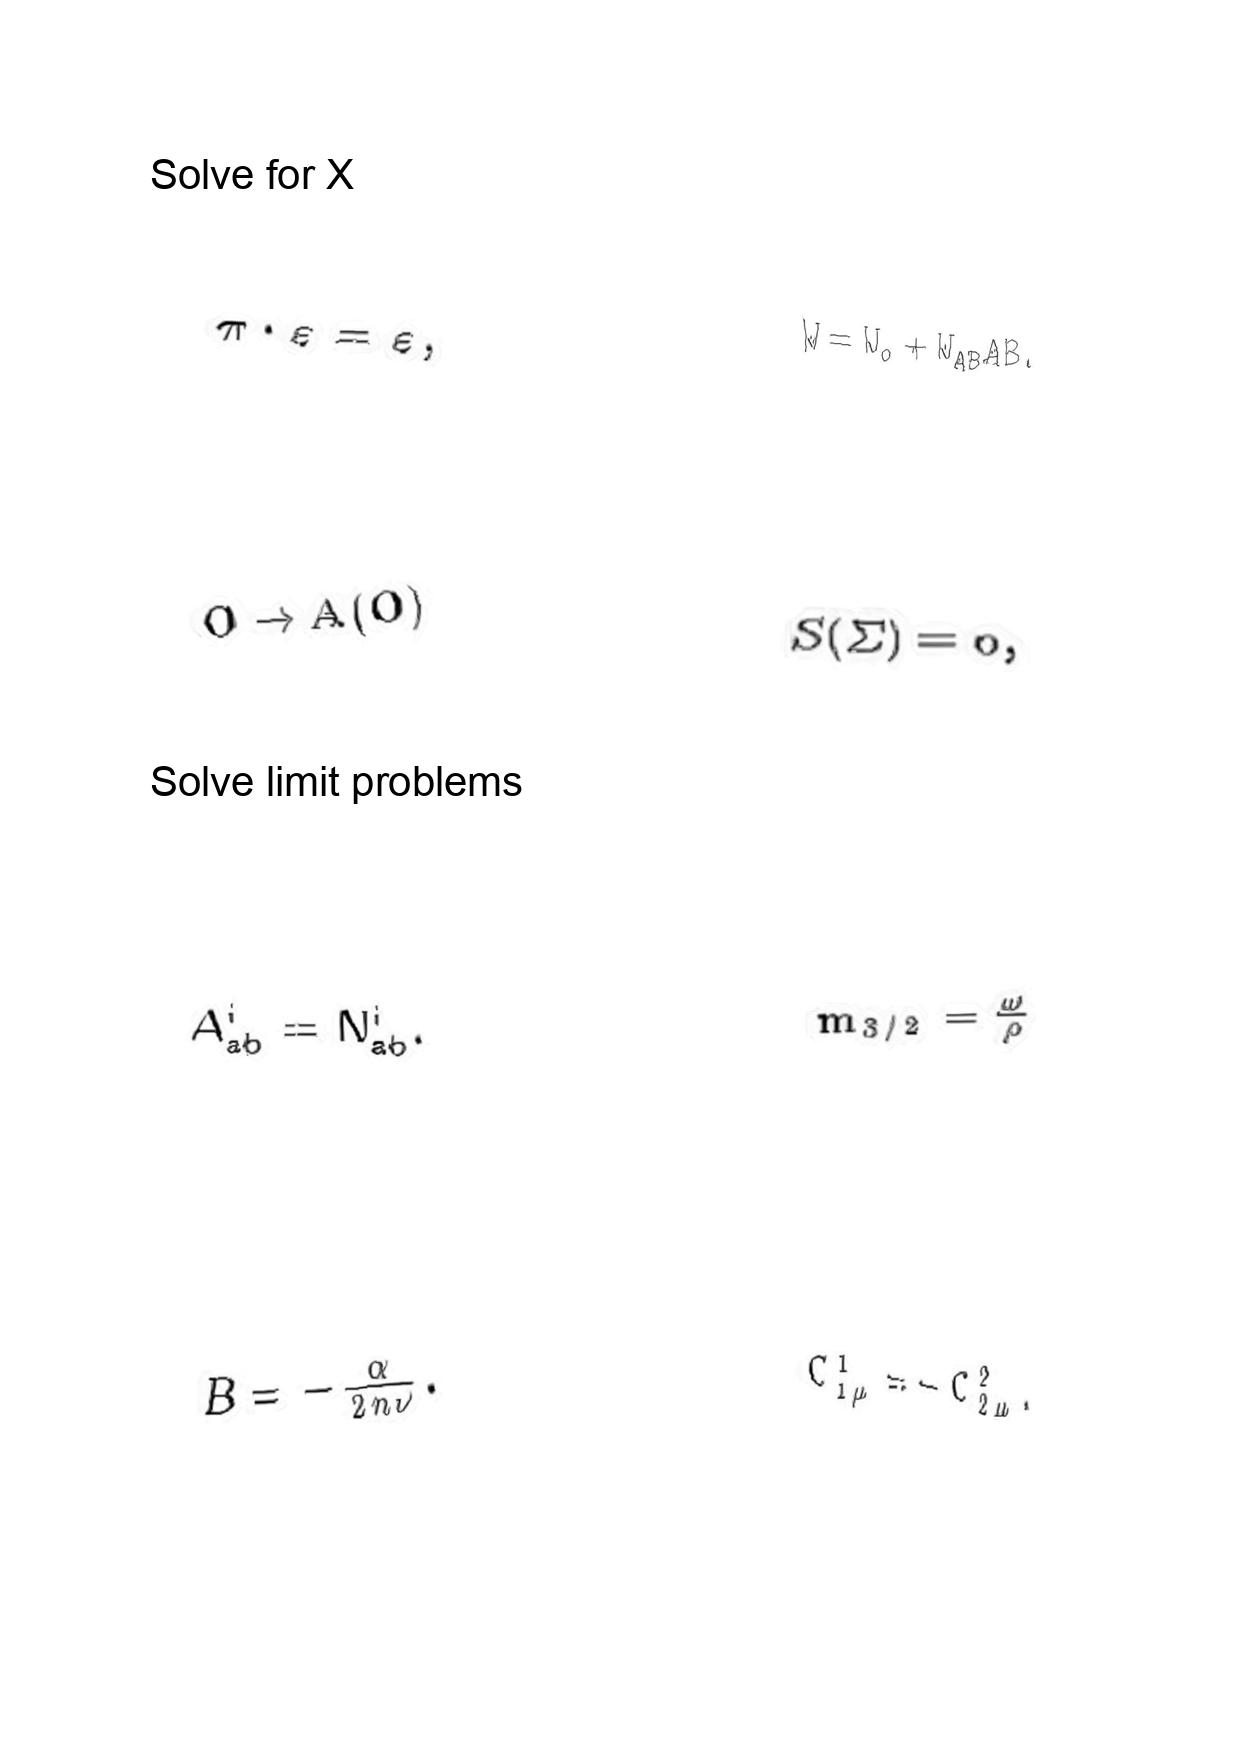
LaTeX transcription:
\pi \cdot \varepsilon = \varepsilon ,
O \rightarrow A \lparen O \rparen
A _ { a b } ^ { i } = N _ { a b } ^ { i } .
B = - \frac { \alpha } { 2 n \nu } .
W = W _ { o } + W _ { A B } A B .
S \lparen \Sigma \rparen = 0 ,
m _ { 3 / 2 } = \frac { \omega } { \rho }
C ^ { 1 } _ { 1 \mu } = - C ^ { 2 } _ { 2 \mu } .